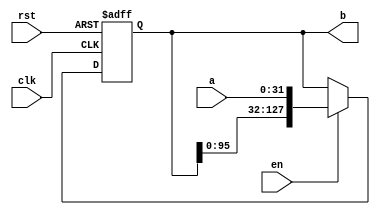
module sreg16bit  #(parameter N = 127) (a, clk, rst, en, b);
	input [31:0] a;
	input clk, rst, en;
	output reg [N:0] b;
	always @(posedge clk, posedge rst)begin
		if (rst) b = 0;
		else if (en) b <= {b[N - 31 - 1:0], a};
	end
endmodule